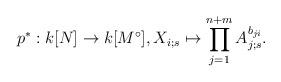
LaTeX: \begin{align*}p^*:k[N]\to k[M^\circ], X_{i;s}\mapsto \prod_{j=1}^{n+m} A_{j;s}^{b_{ji}}.\end{align*}